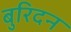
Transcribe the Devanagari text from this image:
बुरिदन